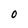
Character: O